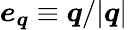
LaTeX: \boldsymbol{e}_{\boldsymbol{q}}\equiv\boldsymbol{q}/|{\boldsymbol q}|